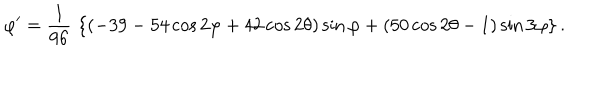
\varphi ^ { \prime } = { \frac { 1 } { 9 6 } } \, \left\{ ( - 3 9 - 5 4 \cos 2 \varphi + 4 2 \cos 2 \theta ) \sin \varphi + ( 5 0 \cos 2 \theta - 1 ) \sin 3 \varphi \right\} .